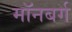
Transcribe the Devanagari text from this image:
मॉनबर्ग